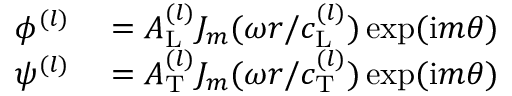
\begin{array} { r l } { \phi ^ { ( l ) } } & { { } = A _ { \mathrm { L } } ^ { ( l ) } J _ { m } ( \omega r / c _ { \mathrm { L } } ^ { ( l ) } ) \exp ( \mathrm { i } m \theta ) } \\ { \psi ^ { ( l ) } } & { { } = A _ { \mathrm { T } } ^ { ( l ) } J _ { m } ( \omega r / c _ { \mathrm { T } } ^ { ( l ) } ) \exp ( \mathrm { i } m \theta ) } \end{array}